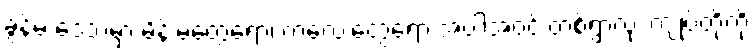
ခွန်မ ဒေသမှာ မိန်းမတွေရော၊ ကလေးတွေရော အပါအဝင် တစ်ရွာလုံး ကျုပ်တို့ကို